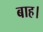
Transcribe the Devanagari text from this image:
बाह।